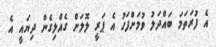
އެ ފުރަތަމަ ބައްދަލު ވުމަށްފަހު އެ ޕަރީ ލޮލަށް ގެއްލިގެން ދިޔައީ އެ